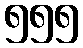
၅၅၅